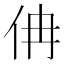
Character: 𠇦